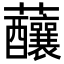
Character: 䖆